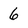
Character: 6